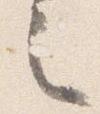
々